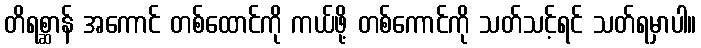
တိရစ္ဆာန် အကောင် တစ်ထောင်ကို ကယ်ဖို့ တစ်ကောင်ကို သတ်သင့်ရင် သတ်ရမှာပါ။